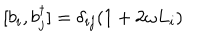
LaTeX: [ b _ { i } , b _ { j } ^ { \dagger } ] = \delta _ { i j } ( 1 + 2 \omega L _ { i } )